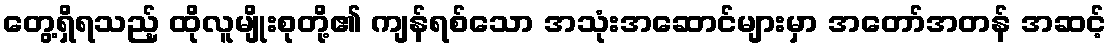
တွေ့ရှိရသည့် ထိုလူမျိုးစုတို့၏ ကျန်ရစ်သော အသုံးအဆောင်များမှာ အတော်အတန် အဆင့်